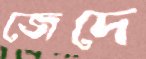
জেদে